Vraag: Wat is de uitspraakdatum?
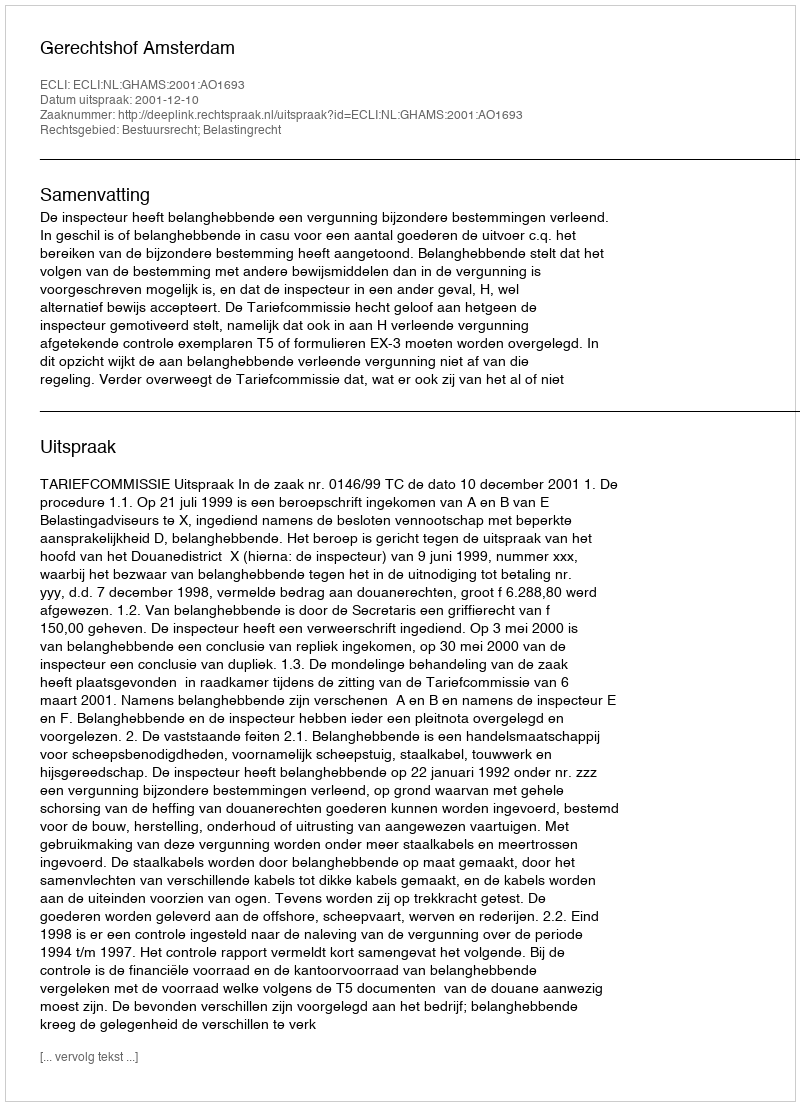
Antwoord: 2001-12-10